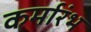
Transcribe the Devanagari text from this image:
कर्मारंभ